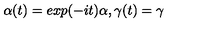
\alpha ( t ) = e x p ( - i t ) \alpha , \gamma ( t ) = \gamma